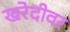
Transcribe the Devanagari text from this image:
खरेदीवर